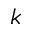
k